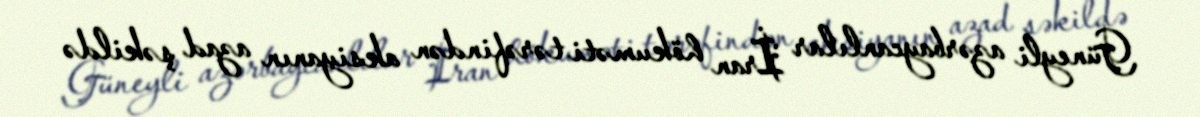
Güneyli azərbaycanlılar İran hökuməti tərəfindən aksiyanın azad şəkildə